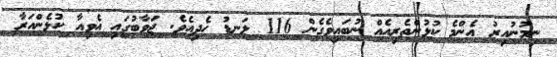
ނިމުނުއިރު އެންމެ ކުޅުންތެރިއެއް ނުބައިވެގެން 116 ލަނޑު ހެދިއެވެ. ޖަވާބުގައި އެވިއާ ކުޅެންއަރާ